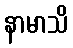
နာမာသိ